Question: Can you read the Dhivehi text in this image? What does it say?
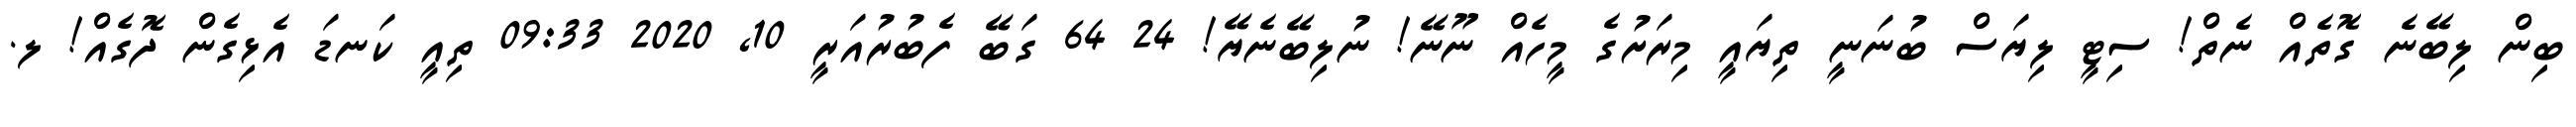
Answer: ބިން ލިބޭނެ ގޮތެއް ނެތް! ސިޓީ ލިޔަސް ބުނަނީ ތިޔައީ މިރަށުގެ މީހެއް ނޫނޭ! ނުލިބޭނެޔޭ! 24 64 ގަބޭ ފެބުރުއަރީ 10, 2020 09:33 ތިއީ ކަނޑަ އެޅިގެން ދޮގެއް! ލ.